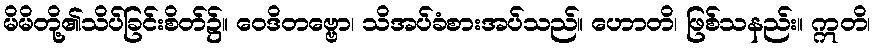
မိမိတို့၏သိပ်ခြင်းစိတ်၌။ ဝေဒိတဗ္ဗော၊ သိအပ်ခံစားအပ်သည်။ ဟောတိ၊ ဖြစ်သနည်း။ ဣတိ၊